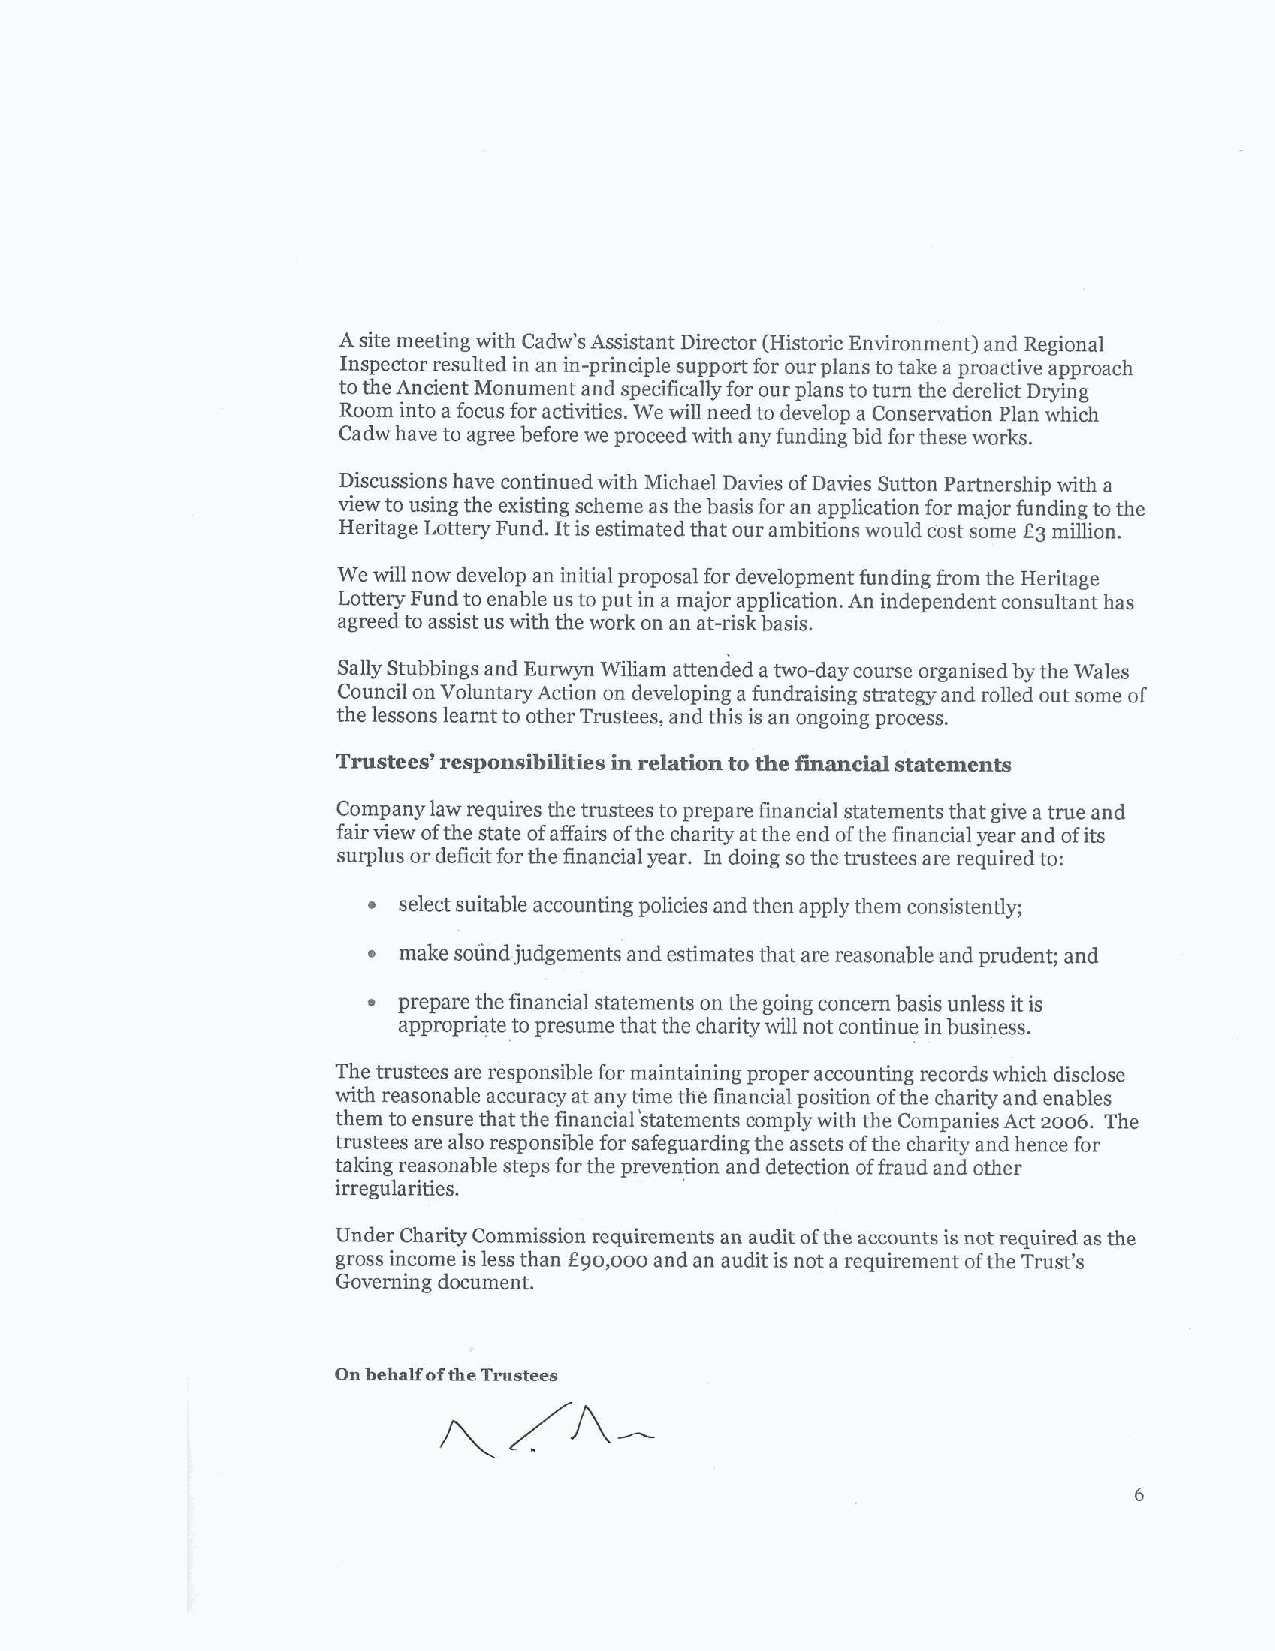
6